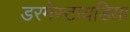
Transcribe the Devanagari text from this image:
डरमेस्टायडिया